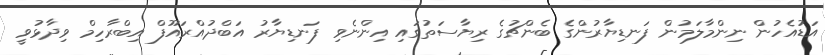
އަޑުއެހުން ނިންމާލަމުން ފަނޑިޔާރުންގެ ބެންޗުގެ ރިޔާސަތުގައި އިންނެވި ފަނޑިޔާރު އަބްދުއްރައޫފް އިބްރާހިމް ވިދާޅުވީ